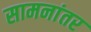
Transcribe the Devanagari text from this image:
सामनांतर